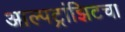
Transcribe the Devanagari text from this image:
आल्पट्रांझिटचा